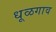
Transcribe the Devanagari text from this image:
धूळगाव